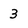
Character: 3